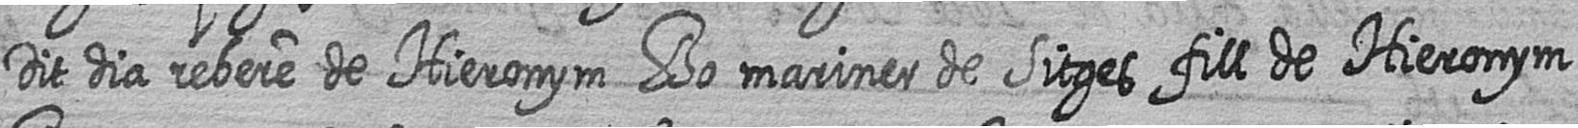
Dit dia rebere de Hieronym Bo mariner de Sitges fill de Hieronym